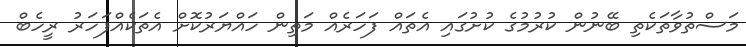
މަސްތުވާތަކެތި ބޭނުން ކުރުމުގެ ކުށުގައި އެތައް ފަހަރެއް މަތިން ހައްޔަރުކޮށް އެތަކެއްފަހަރު ރީހެބް